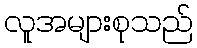
လူအများစုသည်